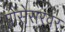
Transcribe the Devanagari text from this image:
प्रोसेसरवर